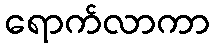
ရောက်လာကာ